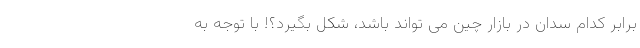
برابر کدام سدان در بازار چین می تواند باشد، شکل بگیرد؟! با توجه به